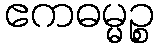
ဧကဓမ္မဉ္စ